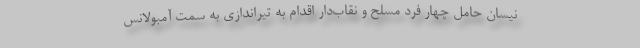
نیسان حامل چهار فرد مسلح و نقاب‌دار اقدام به تیراندازی به سمت آمبولانس